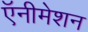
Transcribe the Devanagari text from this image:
ऍनीमेशन